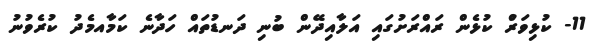
11- ކުޅިވަރުް ކުޅެން ރައްރަށުގައި އަލާއިދޭން ބުނި ދަނޑުތައް ހަދާނެ ކަމާއމެދު ކުރެވުނު